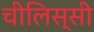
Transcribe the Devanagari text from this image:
चीलिस्सी